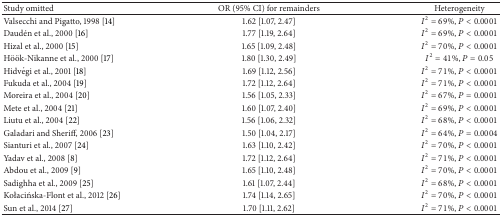
<table><thead><tr><td><b>Study omitted</b></td><td><b>OR (95% CI) for remainders</b></td><td><b>Heterogeneity</b></td></tr></thead><tbody><tr><td>Valsecchi and Pigatto, 1998 [14]</td><td>1.62 [1.07, 2.47]</td><td><i>I</i><sup>2</sup> = 69%, <i>P</i> &lt; 0.0001</td></tr><tr><td>Daudén et al., 2000 [16]</td><td>1.77 [1.19, 2.64]</td><td><i>I</i><sup>2</sup> = 69%, <i>P</i> &lt; 0.0001</td></tr><tr><td>Hizal et al., 2000 [15]</td><td>1.65 [1.09, 2.48]</td><td><i>I</i><sup>2</sup> = 70%, <i>P</i> &lt; 0.0001</td></tr><tr><td>Höök-Nikanne et al., 2000 [17]</td><td>1.80 [1.30, 2.49]</td><td><i>I</i><sup>2</sup> = 41%, <i>P</i> = 0.05</td></tr><tr><td>Hidvégi et al., 2001 [18]</td><td>1.69 [1.12, 2.56]</td><td><i>I</i><sup>2</sup> = 71%, <i>P</i> &lt; 0.0001</td></tr><tr><td>Fukuda et al., 2004 [19]</td><td>1.72 [1.12, 2.64]</td><td><i>I</i><sup>2</sup> = 71%, <i>P</i> &lt; 0.0001</td></tr><tr><td>Moreira et al., 2004 [20]</td><td>1.56 [1.05, 2.33]</td><td><i>I</i><sup>2</sup> = 67%, <i>P</i> = 0.0001</td></tr><tr><td>Mete et al., 2004 [21]</td><td>1.60 [1.07, 2.40]</td><td><i>I</i><sup>2</sup> = 69%, <i>P</i> &lt; 0.0001</td></tr><tr><td>Liutu et al., 2004 [22]</td><td>1.56 [1.06, 2.32]</td><td><i>I</i><sup>2</sup> = 68%, <i>P</i> &lt; 0.0001</td></tr><tr><td>Galadari and Sheriff, 2006 [23]</td><td>1.50 [1.04, 2.17]</td><td><i>I</i><sup>2</sup> = 64%, <i>P</i> = 0.0004</td></tr><tr><td>Sianturi et al., 2007 [24]</td><td>1.63 [1.10, 2.42]</td><td><i>I</i><sup>2</sup> = 70%, <i>P</i> &lt; 0.0001</td></tr><tr><td>Yadav et al., 2008 [8]</td><td>1.72 [1.12, 2.64]</td><td><i>I</i><sup>2</sup> = 71%, <i>P</i> &lt; 0.0001</td></tr><tr><td>Abdou et al., 2009 [9]</td><td>1.65 [1.10, 2.48]</td><td><i>I</i><sup>2</sup> = 70%, <i>P</i> &lt; 0.0001</td></tr><tr><td>Sadighha et al., 2009 [25]</td><td>1.61 [1.07, 2.44]</td><td><i>I</i><sup>2</sup> = 68%, <i>P</i> &lt; 0.0001</td></tr><tr><td>Kołacińska-Flont et al., 2012 [26]</td><td>1.74 [1.14, 2.65]</td><td><i>I</i><sup>2</sup> = 70%, <i>P</i> &lt; 0.0001</td></tr><tr><td>Sun et al., 2014 [27]</td><td>1.70 [1.11, 2.62]</td><td><i>I</i><sup>2</sup> = 71%, <i>P</i> &lt; 0.0001</td></tr></tbody></table>